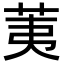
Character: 荑